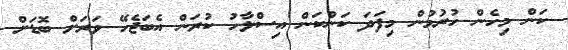
ކަން މިހެން ހުރުމުން މިފަދަ ކަންކަން އިސްލާހު ކުރަން އެބަޖެހޭ ވަރަށް ބޮޑަށް